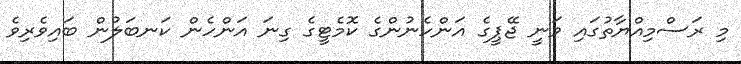
މި ރަސްމިއްޔާތުގައި ވަނީ ޖޭޕީގެ އަންހެނުންގެ ކޮމެޓީގެ ގިނަ އަންހެން ކަނބަލުން ބައިވެރިވެ